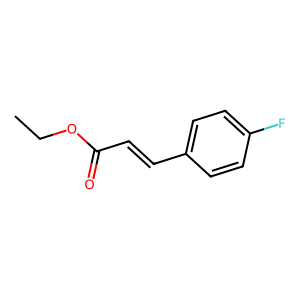
SMILES: CCOC(=O)C=Cc1ccc(F)cc1
Inhibits HIV replication: No